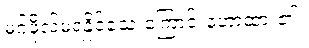
မဂ်ဖိုလ်မရနိုင်သေးကြောင်းဟောထား၏။